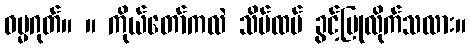
ဓမ္မဂုတ်။ ။ ကိုယ်တော်ကလဲ သိမ်ထပ် ခွင့်ပြုလိုက်သလား။